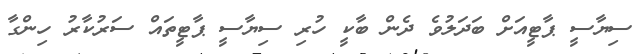
ސިޔާސީ ޕާޓީއަށް ބަދަލުވެ ދެން ބާކީ ހުރި ސިޔާސީ ޕާޓީތައް ސަރުކާރު ހިންގާ